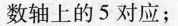
数轴上的5对应；